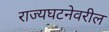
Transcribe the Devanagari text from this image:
राज्यघटनेवरील